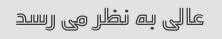
عالی به نظر می رسد